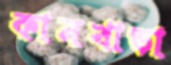
কানখাড়া